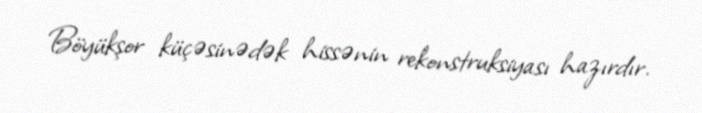
Böyükşor küçəsinədək hissənin rekonstruksiyası hazırdır.